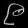
Digit: ၉